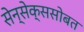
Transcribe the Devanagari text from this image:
सेन्सेक्ससोबत